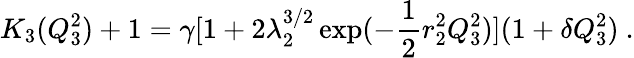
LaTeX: K_{3}(Q_{3}^{2})+1=\gamma[1+2\lambda_{2}^{3/2}\exp(-\frac{1}{2}r_{2}^{2}Q_{3}^{2})](1+\delta Q_{3}^{2})\ .